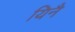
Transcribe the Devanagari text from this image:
यिनै